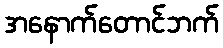
အနောက်တောင်ဘက်